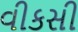
વીકસી